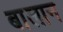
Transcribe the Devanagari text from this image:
बालान